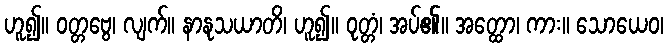
ဟူ၍။ ဝတ္တဗွေ၊ လျက်။ နာနုသယာတိ၊ ဟူ၍။ ဝုတ္တံ၊ အပ်၏။ အတ္ထော၊ ကား။ သောယေဝ၊